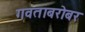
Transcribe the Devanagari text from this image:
गवताबरोबर